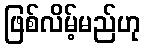
ဖြစ်လိမ့်မည်ဟု